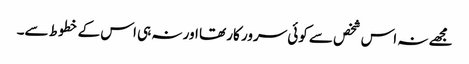
مجھے نہ اس شخص سے کوئی سرور کار تھا اور نہ ہی اس کے خطوط سے۔